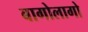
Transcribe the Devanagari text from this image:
बागोलागो